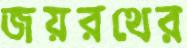
জয়রথের